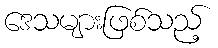
ဒေသများဖြစ်သည့်